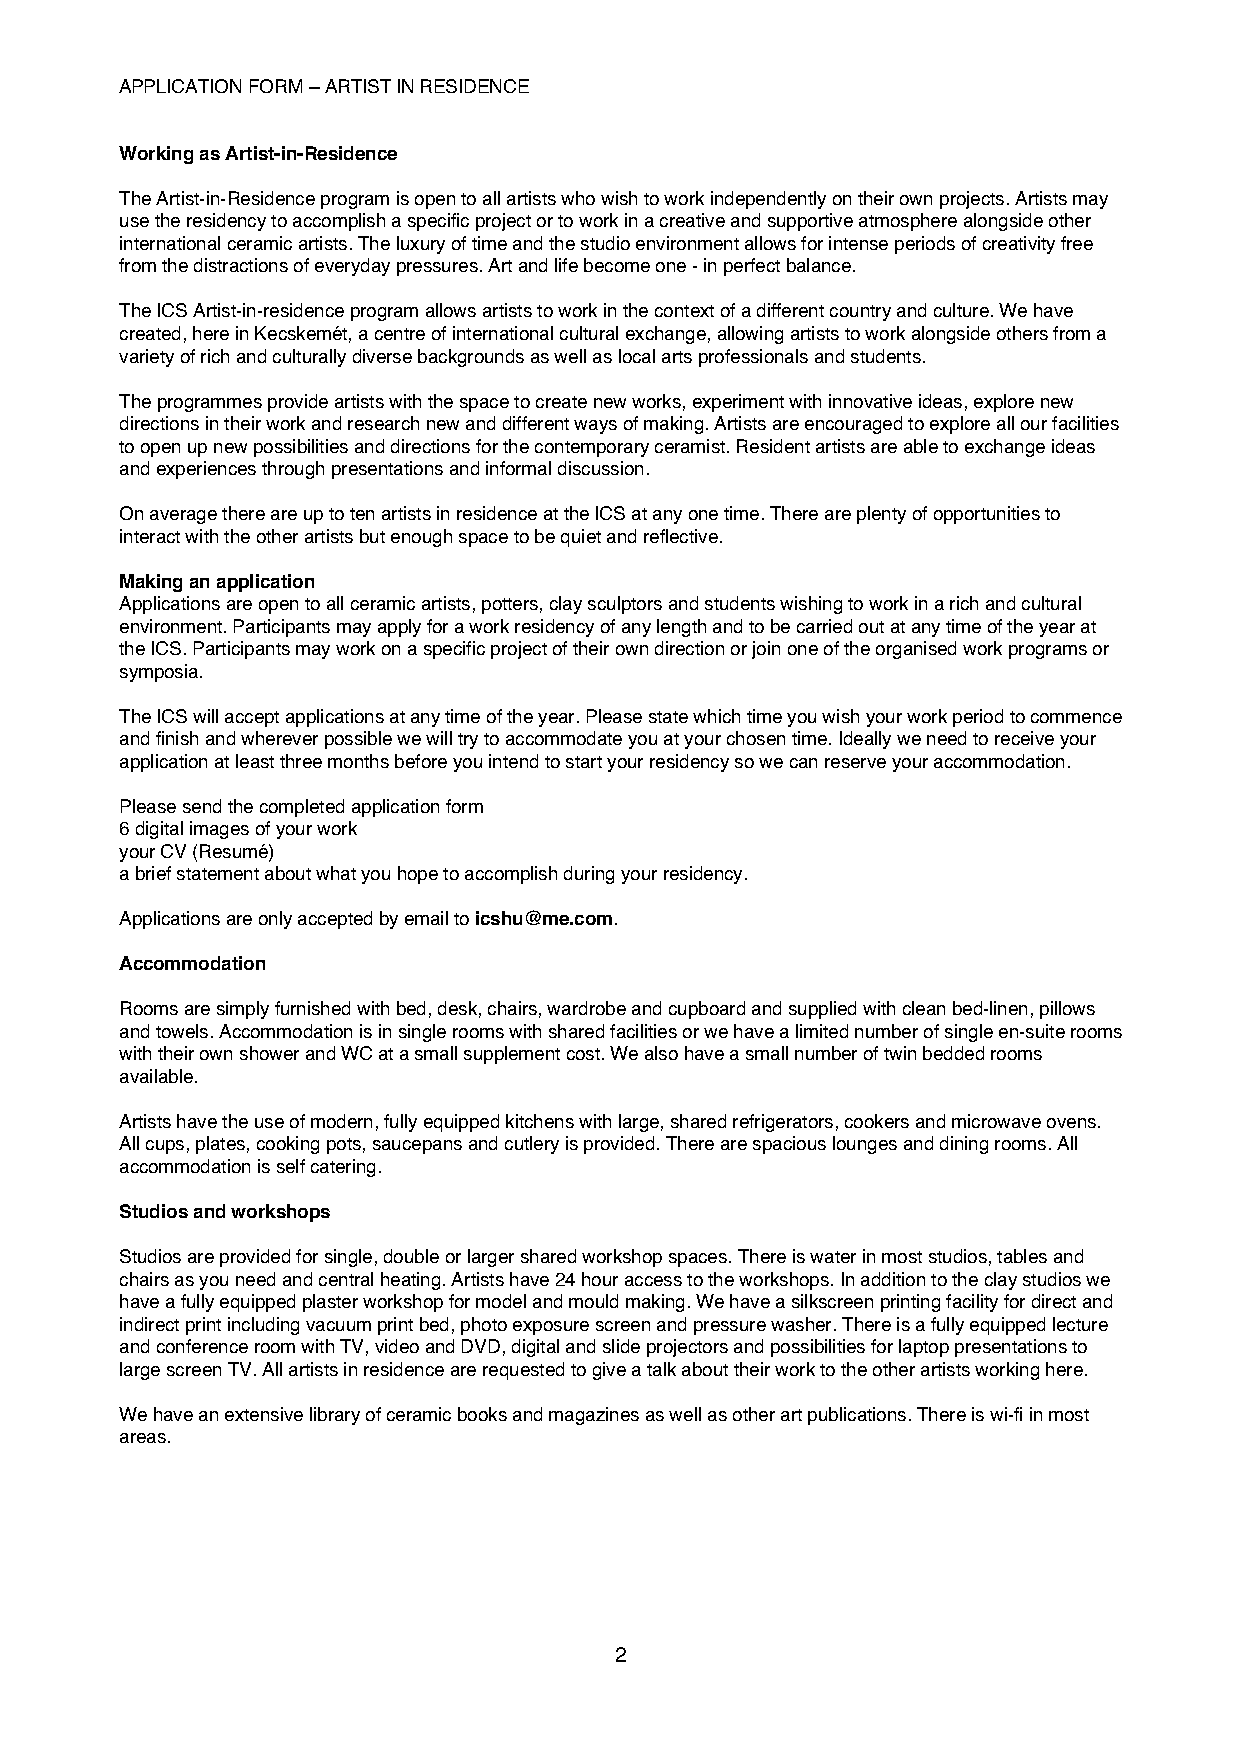
APPLICATION FORM – ARTIST IN RESIDENCE
 Working as Artist-in-Residence
 The Artist-in-Residence program is open to all artists who wish to work independently on their own projects. Artists may
 use the residency to accomplish a specific project or to work in a creative and supportive atmosphere alongside other
 international ceramic artists. The luxury of time and the studio environment allows for intense periods of creativity free
 from the distractions of everyday pressures. Art and life become one - in perfect balance.
 The ICS Artist-in-residence program allows artists to work in the context of a different country and culture. We have
 created, here in Kecskemét, a centre of international cultural exchange, allowing artists to work alongside others from a
 variety of rich and culturally diverse backgrounds as well as local arts professionals and students.
 The programmes provide artists with the space to create new works, experiment with innovative ideas, explore new
 directions in their work and research new and different ways of making. Artists are encouraged to explore all our facilities
 to open up new possibilities and directions for the contemporary ceramist. Resident artists are able to exchange ideas
 and experiences through presentations and informal discussion.
 On average there are up to ten artists in residence at the ICS at any one time. There are plenty of opportunities to
 interact with the other artists but enough space to be quiet and reflective.
 Making an application
 Applications are open to all ceramic artists, potters, clay sculptors and students wishing to work in a rich and cultural
 environment. Participants may apply for a work residency of any length and to be carried out at any time of the year at
 the ICS. Participants may work on a specific project of their own direction or join one of the organised work programs or
 symposia.
 The ICS will accept applications at any time of the year. Please state which time you wish your work period to commence
 and finish and wherever possible we will try to accommodate you at your chosen time. Ideally we need to receive your
 application at least three months before you intend to start your residency so we can reserve your accommodation.
 Please send the completed application form
 6 digital images of your work
 your CV (Resumé)
 a brief statement about what you hope to accomplish during your residency.
 Applications are only accepted by email to icshu@me.com.
 Accommodation
 Rooms are simply furnished with bed, desk, chairs, wardrobe and cupboard and supplied with clean bed-linen, pillows
 and towels. Accommodation is in single rooms with shared facilities or we have a limited number of single en-suite rooms
 with their own shower and WC at a small supplement cost. We also have a small number of twin bedded rooms
 available.
 Artists have the use of modern, fully equipped kitchens with large, shared refrigerators, cookers and microwave ovens.
 All cups, plates, cooking pots, saucepans and cutlery is provided. There are spacious lounges and dining rooms. All
 accommodation is self catering.
 Studios and workshops
 Studios are provided for single, double or larger shared workshop spaces. There is water in most studios, tables and
 chairs as you need and central heating. Artists have 24 hour access to the workshops. In addition to the clay studios we
 have a fully equipped plaster workshop for model and mould making. We have a silkscreen printing facility for direct and
 indirect print including vacuum print bed, photo exposure screen and pressure washer. There is a fully equipped lecture
 and conference room with TV, video and DVD, digital and slide projectors and possibilities for laptop presentations to
 large screen TV. All artists in residence are requested to give a talk about their work to the other artists working here.
 We have an extensive library of ceramic books and magazines as well as other art publications. There is wi-fi in most
 areas.
 2